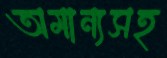
অমান্যসহ